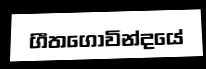
ගීතගෝවින්දයේ